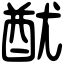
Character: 𨠫